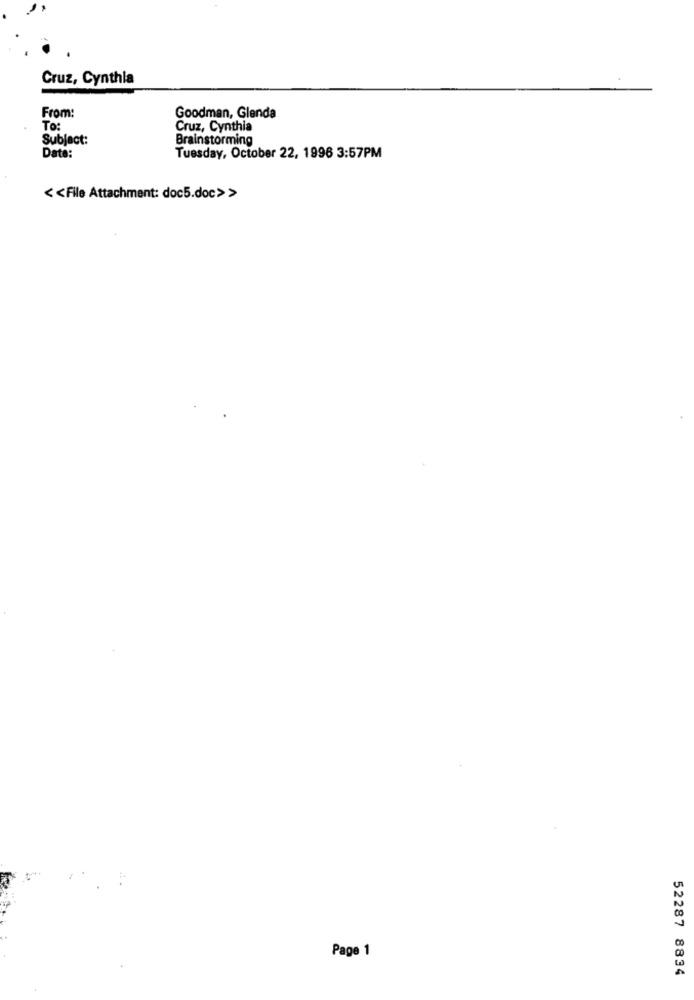
Cruz, Cynthia
From:
Goodman, Glenda
To :
Cruz, Cynthia
Subject:
Brainstorming
Date:
Tuesday, October 22, 1996 3:57PM
< < File Attachment: doc5.doc>>
Page 1
52287 8834